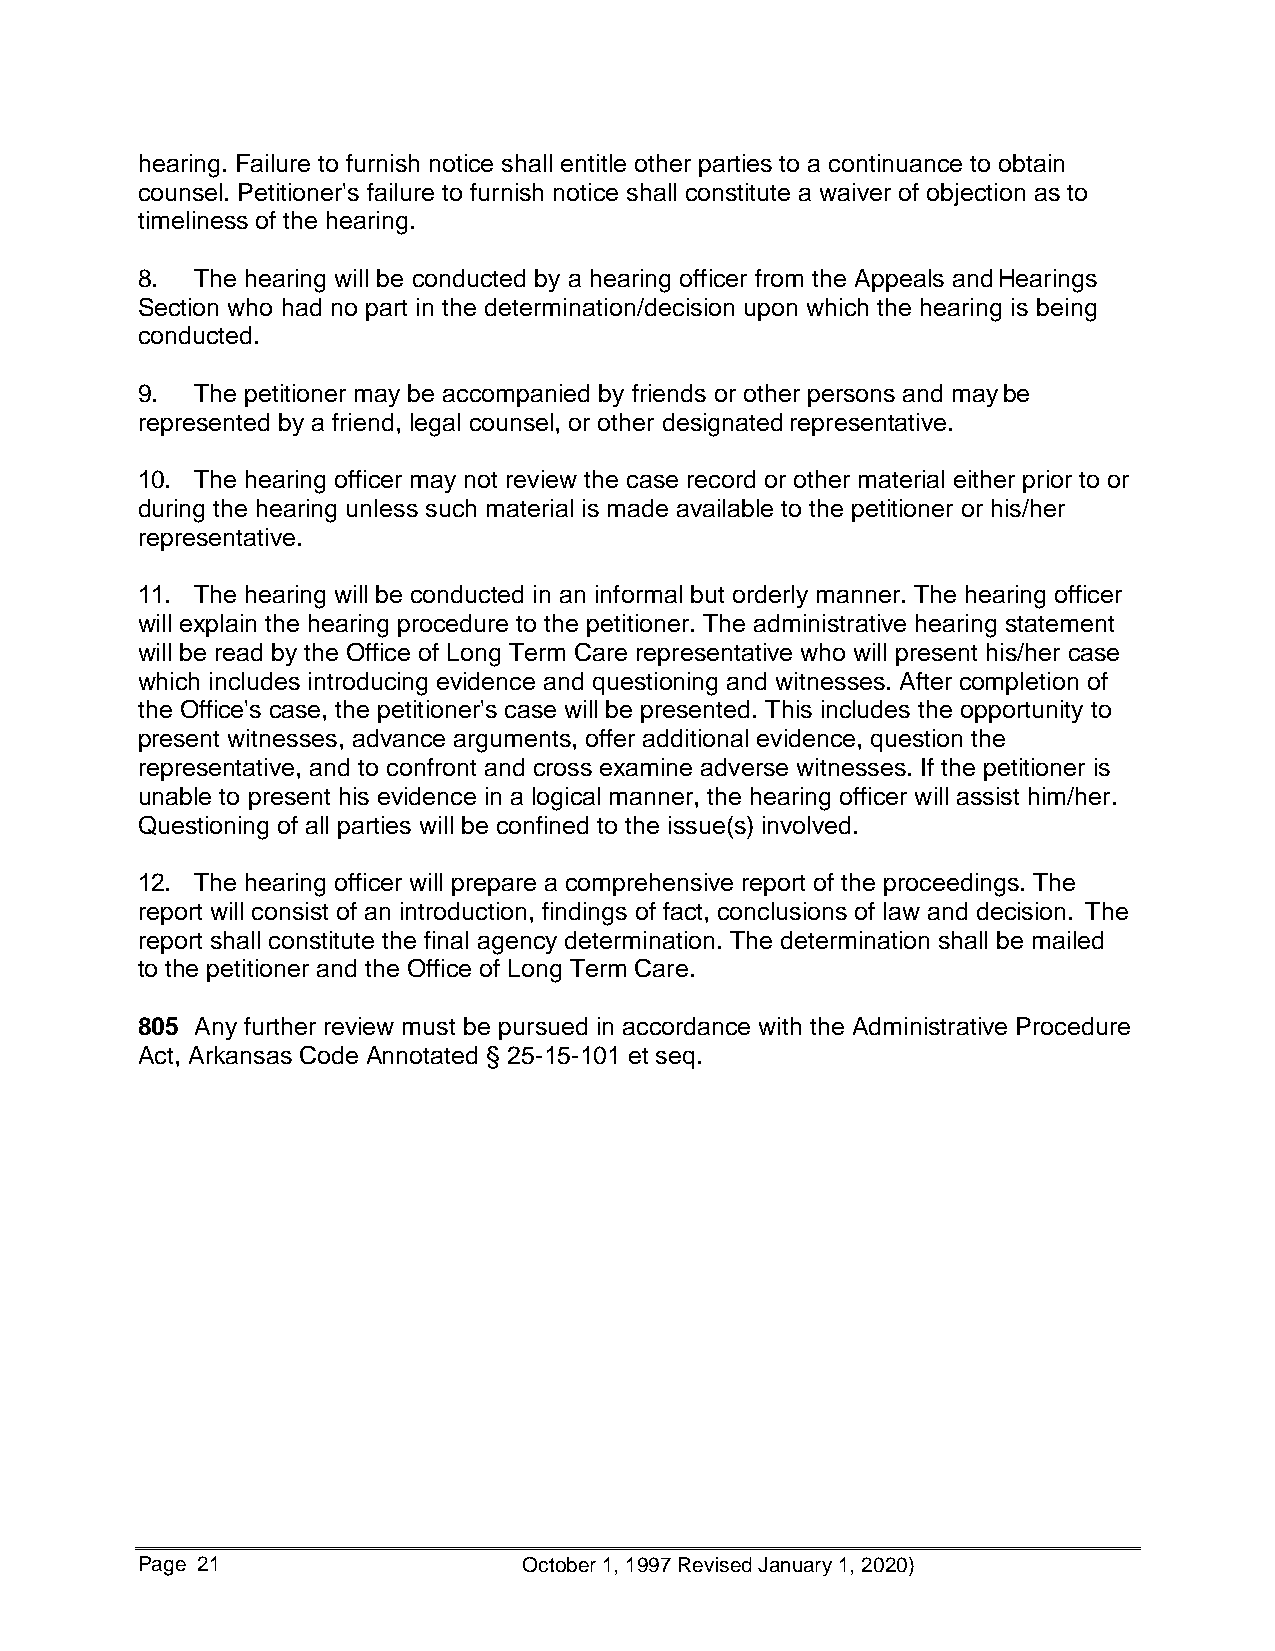
hearing. Failure to furnish notice shall entitle other parties to a continuance to obtain
 counsel. Petitioner's failure to furnish notice shall constitute a waiver of objection as to
 timeliness of the hearing.
 8.  The hearing will be conducted by a hearing officer from the Appeals and Hearings
 Section who had no part in the determination/decision upon which the hearing is being
 conducted.
 9.  The petitioner may be accompanied by friends or other persons and may be
 represented by a friend, legal counsel, or other designated representative.
 10. The hearing officer may not review the case record or other material either prior to or
 during the hearing unless such material is made available to the petitioner or his/her
 representative.
 11. The hearing will be conducted in an informal but orderly manner. The hearing officer
 will explain the hearing procedure to the petitioner. The administrative hearing statement
 will be read by the Office of Long Term Care representative who will present his/her case
 which includes introducing evidence and questioning and witnesses. After completion of
 the Office's case, the petitioner's case will be presented. This includes the opportunity to
 present witnesses, advance arguments, offer additional evidence, question the
 representative, and to confront and cross examine adverse witnesses. If the petitioner is
 unable to present his evidence in a logical manner, the hearing officer will assist him/her.
 Questioning of all parties will be confined to the issue(s) involved.
 12. The hearing officer will prepare a comprehensive report of the proceedings. The
 report will consist of an introduction, findings of fact, conclusions of law and decision. The
 report shall constitute the final agency determination. The determination shall be mailed
 to the petitioner and the Office of Long Term Care.
 805 Any further review must be pursued in accordance with the Administrative Procedure
 Act, Arkansas Code Annotated § 25-15-101 et seq.
 Page 21                   October 1, 1997 Revised January 1, 2020)